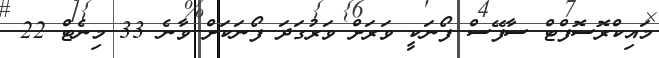
މައިކްރޮސޮފްޓް ސާފޭސް ފޯނަކީ ވަރަށް ވަރުގަދަ ފޯނަކަށް ވާނެ 33 މިނެޓް 22